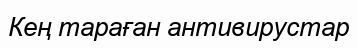
Кең тараған антивирустар